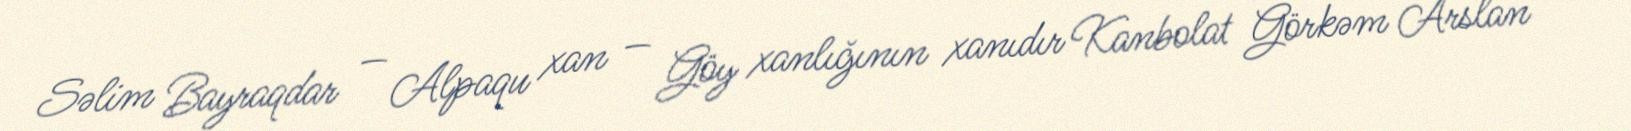
Səlim Bayraqdar — Alpaqu xan — Göy xanlığının xanıdır Kanbolat Görkəm Arslan —